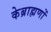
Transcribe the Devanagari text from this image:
केब्राह्मणों